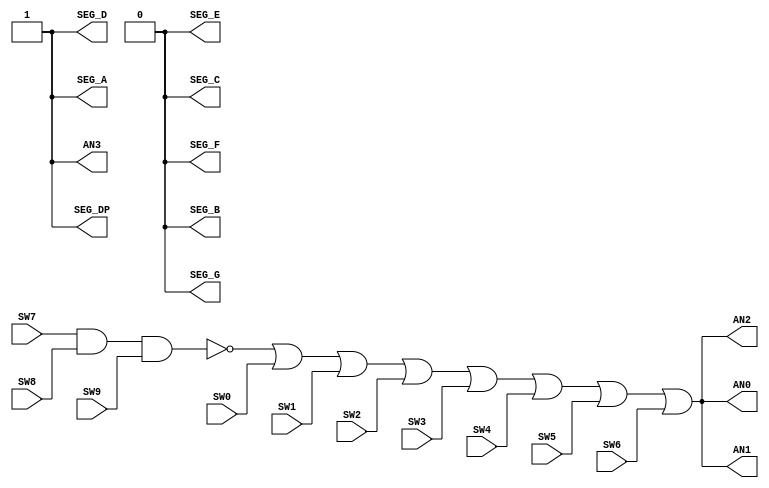
`timescale 1ns / 1ps
//////////////////////////////////////////////////////////////////////////////////
// Company: 
// Engineer: 
// 
// Design Name: 
// Module Name: Lab1_Homework
// Project Name: 
// Target Devices: 
// Tool Versions: 
// Description: 
// 
// Dependencies: 
// 
// Revision:
// Revision 0.01 - File Created
// Additional Comments:
// 
//////////////////////////////////////////////////////////////////////////////////


module Lab1_Homework(
    input SW0,
    input SW1,
    input SW2,
    input SW3,
    input SW4,
    input SW5,
    input SW6,
    input SW7,
    input SW8,
    input SW9,
    output AN0,
    output AN1,
    output AN2,
    output AN3,
    output SEG_A,
    output SEG_B,
    output SEG_C,
    output SEG_D,
    output SEG_E,
    output SEG_F,
    output SEG_G,
    output SEG_DP
    );
    
//A0197788X
//assigning values for the character to be displayed - X
    assign SEG_B = 0;
    assign SEG_C = 0;
    assign SEG_E = 0;
    assign SEG_F = 0;
    assign SEG_G = 0;
    assign SEG_A = 1;
    assign SEG_D = 1;
    assign SEG_DP = 1;
    
//Assigning values for 7 SEG display - only for AN0, AN1, AN2, AN3
//Last digit is 8 so character to appear on AN0, AN1 & AN2 ONLY
    assign AN0 = ~(SW7 & SW8 & SW9) | SW0 | SW1 | SW2 | SW3 | SW4 | SW5 | SW6;
    assign AN1 = AN0;
    assign AN2 = AN1;
    assign AN3 = 1;
    
    
endmodule